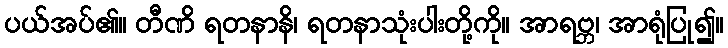
ပယ်အပ်၏။ တီဏိ ရတနာနိ၊ ရတနာသုံးပါးတို့ကို။ အာရဗ္ဘ၊ အာရုံပြု၍။